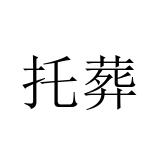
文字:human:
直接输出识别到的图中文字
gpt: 托葬